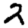
Digit: 2